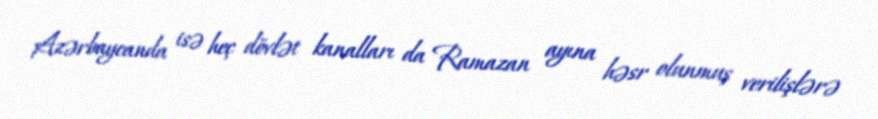
Azərbaycanda isə heç dövlət kanalları da Ramazan ayına həsr olunmuş verilişlərə